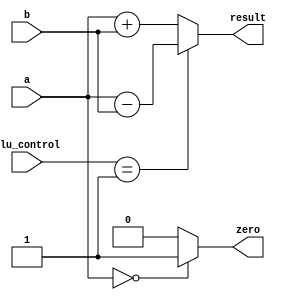
module ALU(
 input  [15:0] a,  //src1
 input  [15:0] b,  //src2
  input  [1:0] alu_control, //function sel
 
 output reg [15:0] result,  //result 
 output zero
    );

always @(*)
begin 
 case(alu_control)
 2'b00: result = a + b; // add
 2'b01: result = a - b; // sub

 default:result = a + b; // add
 endcase
end
  assign zero = (a==16'd0) ? 1'b1: 1'b0;
 
endmodule